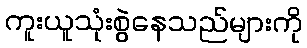
ကူးယူသုံးစွဲနေသည်များကို